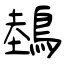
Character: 鵱